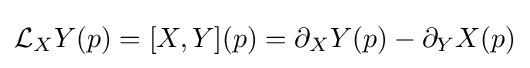
{\mathcal {L}}_{X}Y(p)=[X,Y](p)=\partial _{X}Y(p)-\partial _{Y}X(p)